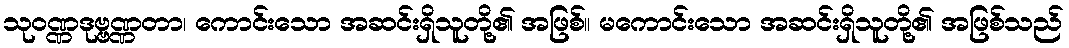
သုဝဏ္ဏဒုဗ္ဗဏ္ဏတာ၊ ကောင်းသော အဆင်းရှိသူတို့၏ အဖြစ်။ မကောင်းသော အဆင်းရှိသူတို့၏ အဖြစ်သည်